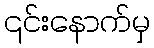
၎င်းနောက်မှ